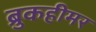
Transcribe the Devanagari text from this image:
ब्रुकहीमर